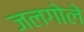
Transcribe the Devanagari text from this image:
जलगोले